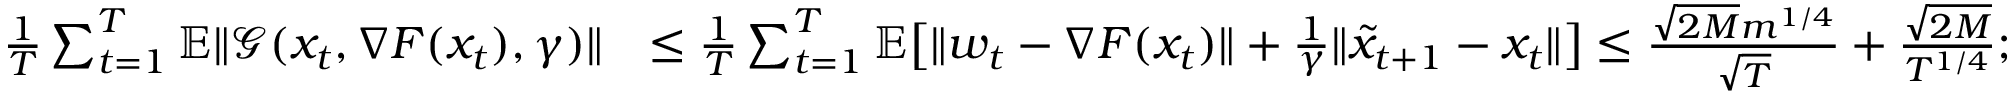
\begin{array} { r l } { \frac { 1 } { T } \sum _ { t = 1 } ^ { T } \mathbb { E } \| \mathcal { G } ( x _ { t } , \nabla F ( x _ { t } ) , \gamma ) \| } & { \leq \frac { 1 } { T } \sum _ { t = 1 } ^ { T } \mathbb { E } \big [ \| w _ { t } - \nabla F ( x _ { t } ) \| + \frac { 1 } { \gamma } \| \tilde { x } _ { t + 1 } - x _ { t } \| \big ] \leq \frac { \sqrt { 2 M } m ^ { 1 / 4 } } { \sqrt { T } } + \frac { \sqrt { 2 M } } { T ^ { 1 / 4 } } ; } \end{array}